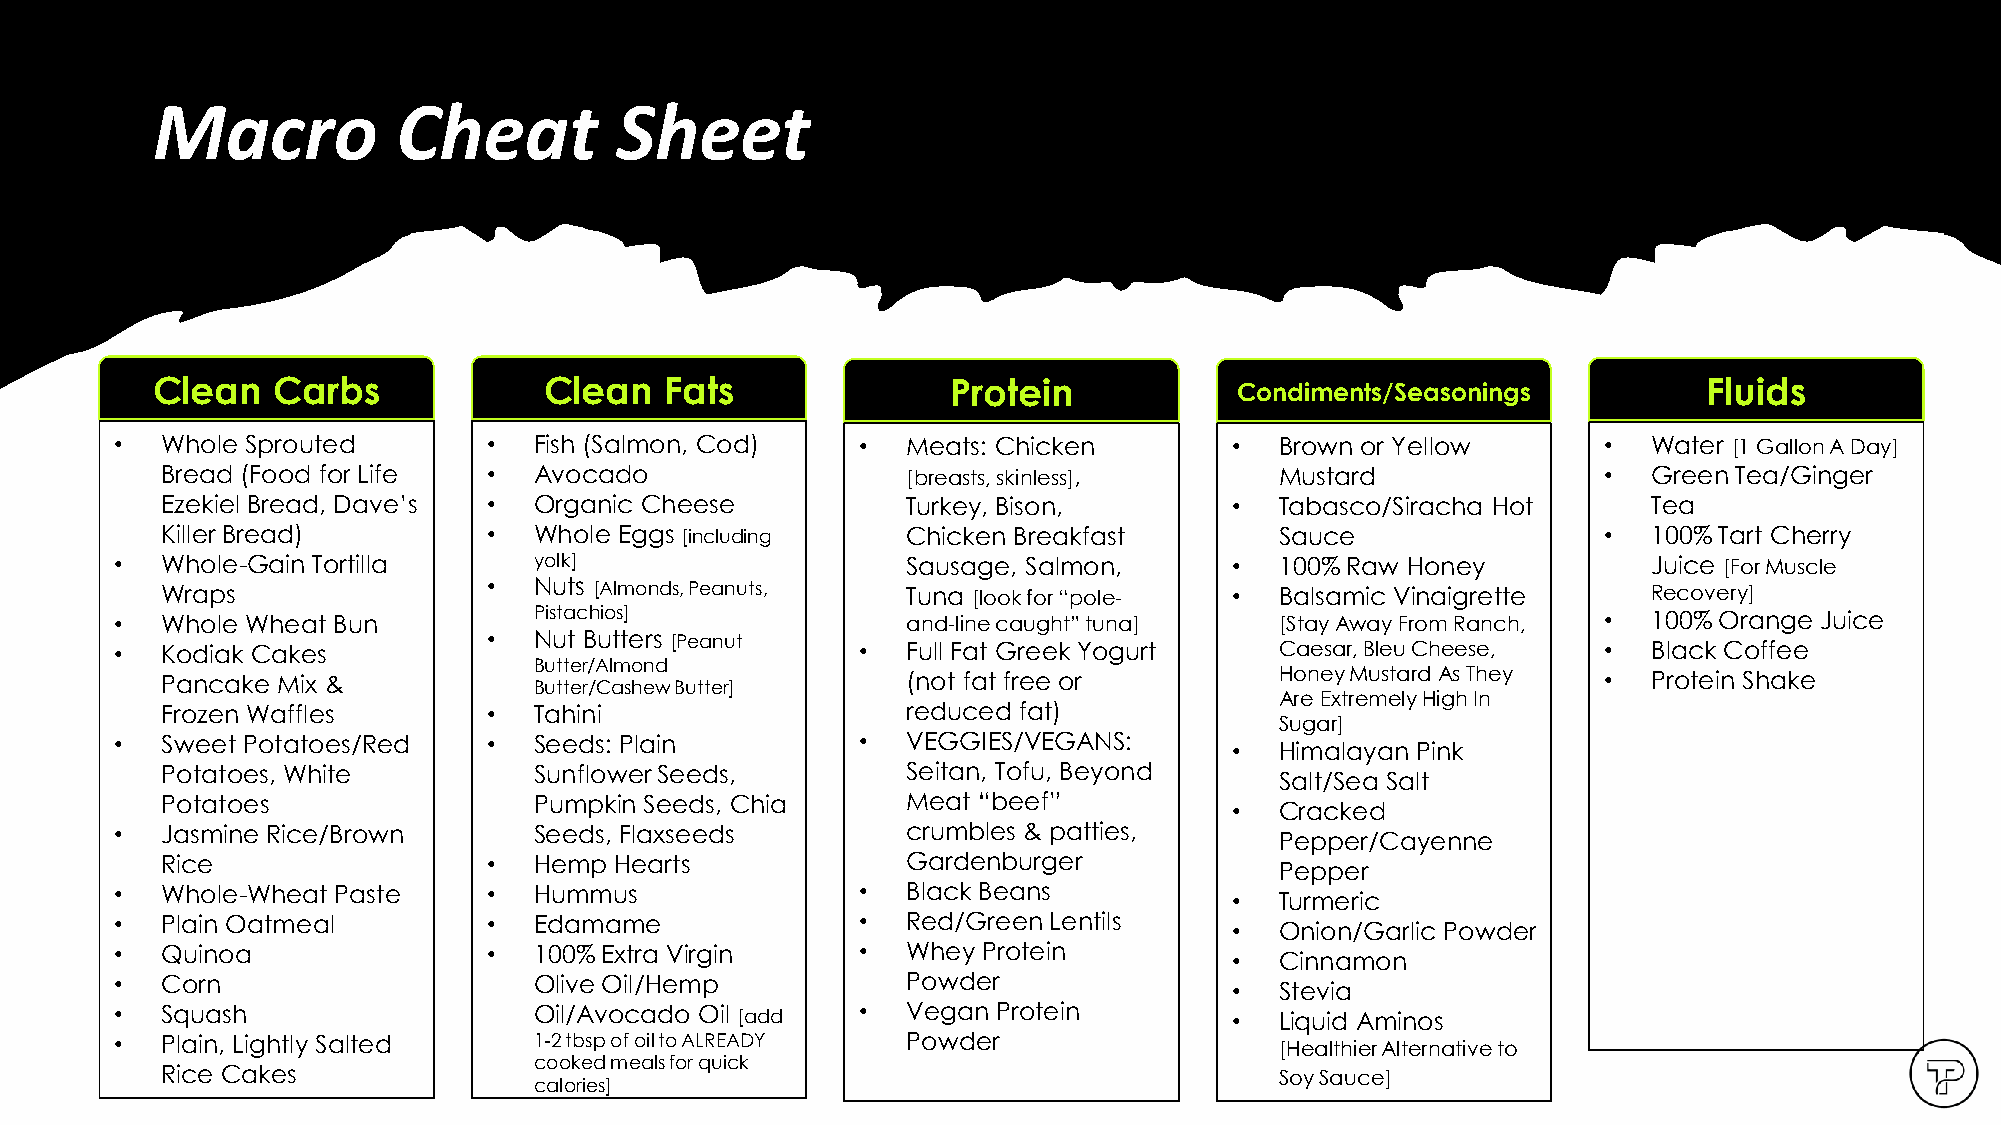
Copyright TenpowFitness Ltd. Co.
 Macro           Cheat          Sheet
 Clean   Carbs             Clean   Fats               Protein            Condiments/Seasonings          Fluids
 •  Whole Sprouted       •  Fish (Salmon, Cod)    •  Meats: Chicken        •  Brown or Yellow      •  Water [1 Gallon A Day]
 Bread (Food for Life •  Avocado                  [breasts, skinless],     Mustard              •  Green Tea/Ginger
 Ezekiel Bread, Dave’s • Organic Cheese           Turkey, Bison,        •  Tabasco/Siracha Hot     Tea
 Killer Bread)        •  Whole Eggs [including    Chicken Breakfast        Sauce                •  100% Tart Cherry
 •  Whole-Gain Tortilla     yolk]                    Sausage, Salmon,      •  100% Raw Honey          Juice [For Muscle
 Wraps                •  Nuts [Almonds, Peanuts,  Tuna [look for “pole- •  Balsamic Vinaigrette    Recovery]
 •  Whole Wheat Bun         Pistachios]              and-line caught” tuna]   [Stay Away From Ranch, • 100% Orange Juice
 •  Nut Butters [Peanut
 •  Kodiak Cakes                                  •  Full Fat Greek Yogurt    Caesar, Bleu Cheese, •  Black Coffee
 Butter/Almond
 Pancake Mix &                                    (not fat free or         Honey Mustard As They • Protein Shake
 Butter/Cashew Butter]
 Are Extremely High In
 Frozen Waffles       •  Tahini                   reduced fat)
 Sugar]
 •  Sweet Potatoes/Red   •  Seeds: Plain          •  VEGGIES/VEGANS:
 •  Himalayan Pink
 Potatoes, White         Sunflower Seeds,         Seitan, Tofu, Beyond
 Salt/Sea Salt
 Potatoes                Pumpkin Seeds, Chia      Meat “beef”
 •  Cracked
 •  Jasmine Rice/Brown      Seeds, Flaxseeds         crumbles & patties,
 Pepper/Cayenne
 Rice                 •  Hemp  Hearts             Gardenburger
 Pepper
 •  Whole-Wheat Paste    •  Hummus                •  Black Beans
 •  Turmeric
 •  Plain Oatmeal        •  Edamame               •  Red/Green Lentils
 •  Onion/Garlic Powder
 •  Quinoa               •  100% Extra Virgin     •  Whey Protein
 •  Cinnamon
 •  Corn                    Olive Oil/Hemp           Powder
 •  Stevia
 •  Squash                  Oil/Avocado Oil [add  •  Vegan Protein         •  Liquid Aminos
 •  Plain, Lightly Salted   1-2 tbsp of oil to ALREADY Powder
 [Healthier Alternative to
 cooked meals for quick
 Rice Cakes                                                                Soy Sauce]
 calories]